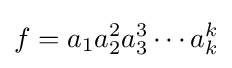
f=a_{1}a_{2}^{2}a_{3}^{3}\cdots a_{k}^{k}